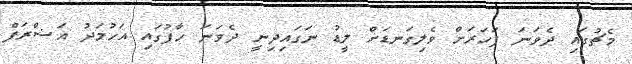
މެޗުގައި ދެވަނަ ފަހަރަށް ވެލިގަނޑަށް ލީޑު ނަގައިދިނީ ދެވަނަ ހާފުގައި އަހުމަދު އަޝްރަފް